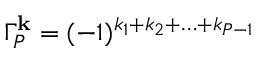
\Gamma _ { P } ^ { \mathbf { k } } = ( - 1 ) ^ { k _ { 1 } + k _ { 2 } + \ldots + k _ { P - 1 } }